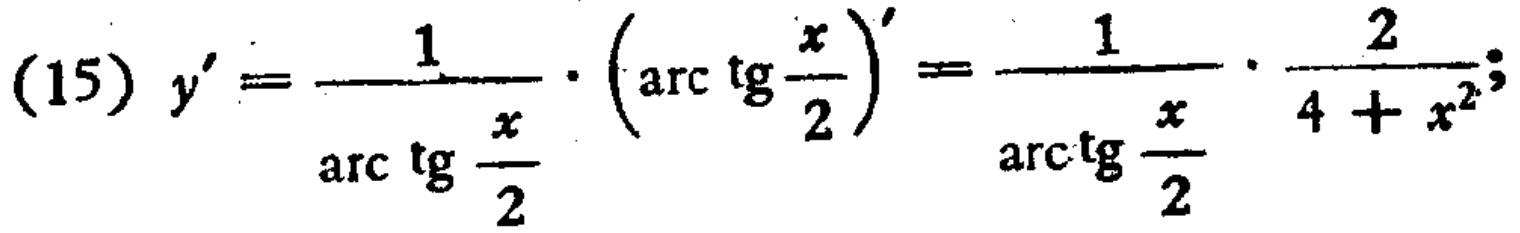
(15) \(y'=\frac{1}{\arctan\frac{x}{2}}\cdot\left(\arctan\frac{x}{2}\right)'=\frac{1}{\arctan\frac{x}{2}}\cdot\frac{2}{4 + x^{2}}\)